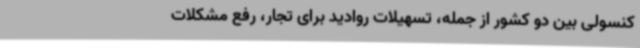
کنسولی بین دو کشور از جمله، تسهیلات روادید برای تجار، رفع مشکلات